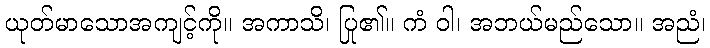
ယုတ်မာသောအကျင့်ကို။ အကာသိ၊ ပြု၏။ ကံ ဝါ၊ အဘယ်မည်သော။ အညံ၊